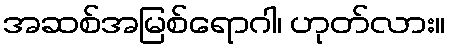
အဆစ်အမြစ်ရောဂါ၊ ဟုတ်လား။